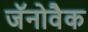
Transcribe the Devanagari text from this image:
जॅनोवैक